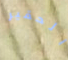
الحقير